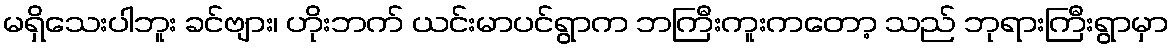
မရှိသေးပါဘူး ခင်ဗျား၊ ဟိုးဘက် ယင်းမာပင်ရွာက ဘကြီးကူးကတော့ သည် ဘုရားကြီးရွာမှာ